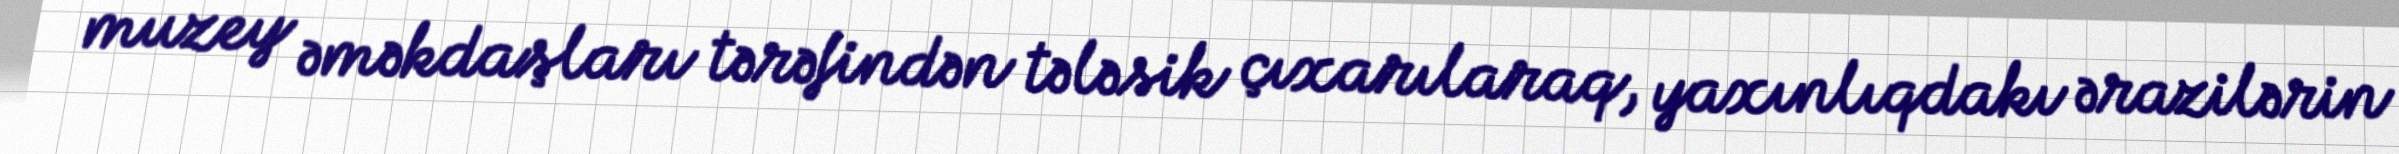
muzey əməkdaşları tərəfindən tələsik çıxarılaraq, yaxınlıqdakı ərazilərin